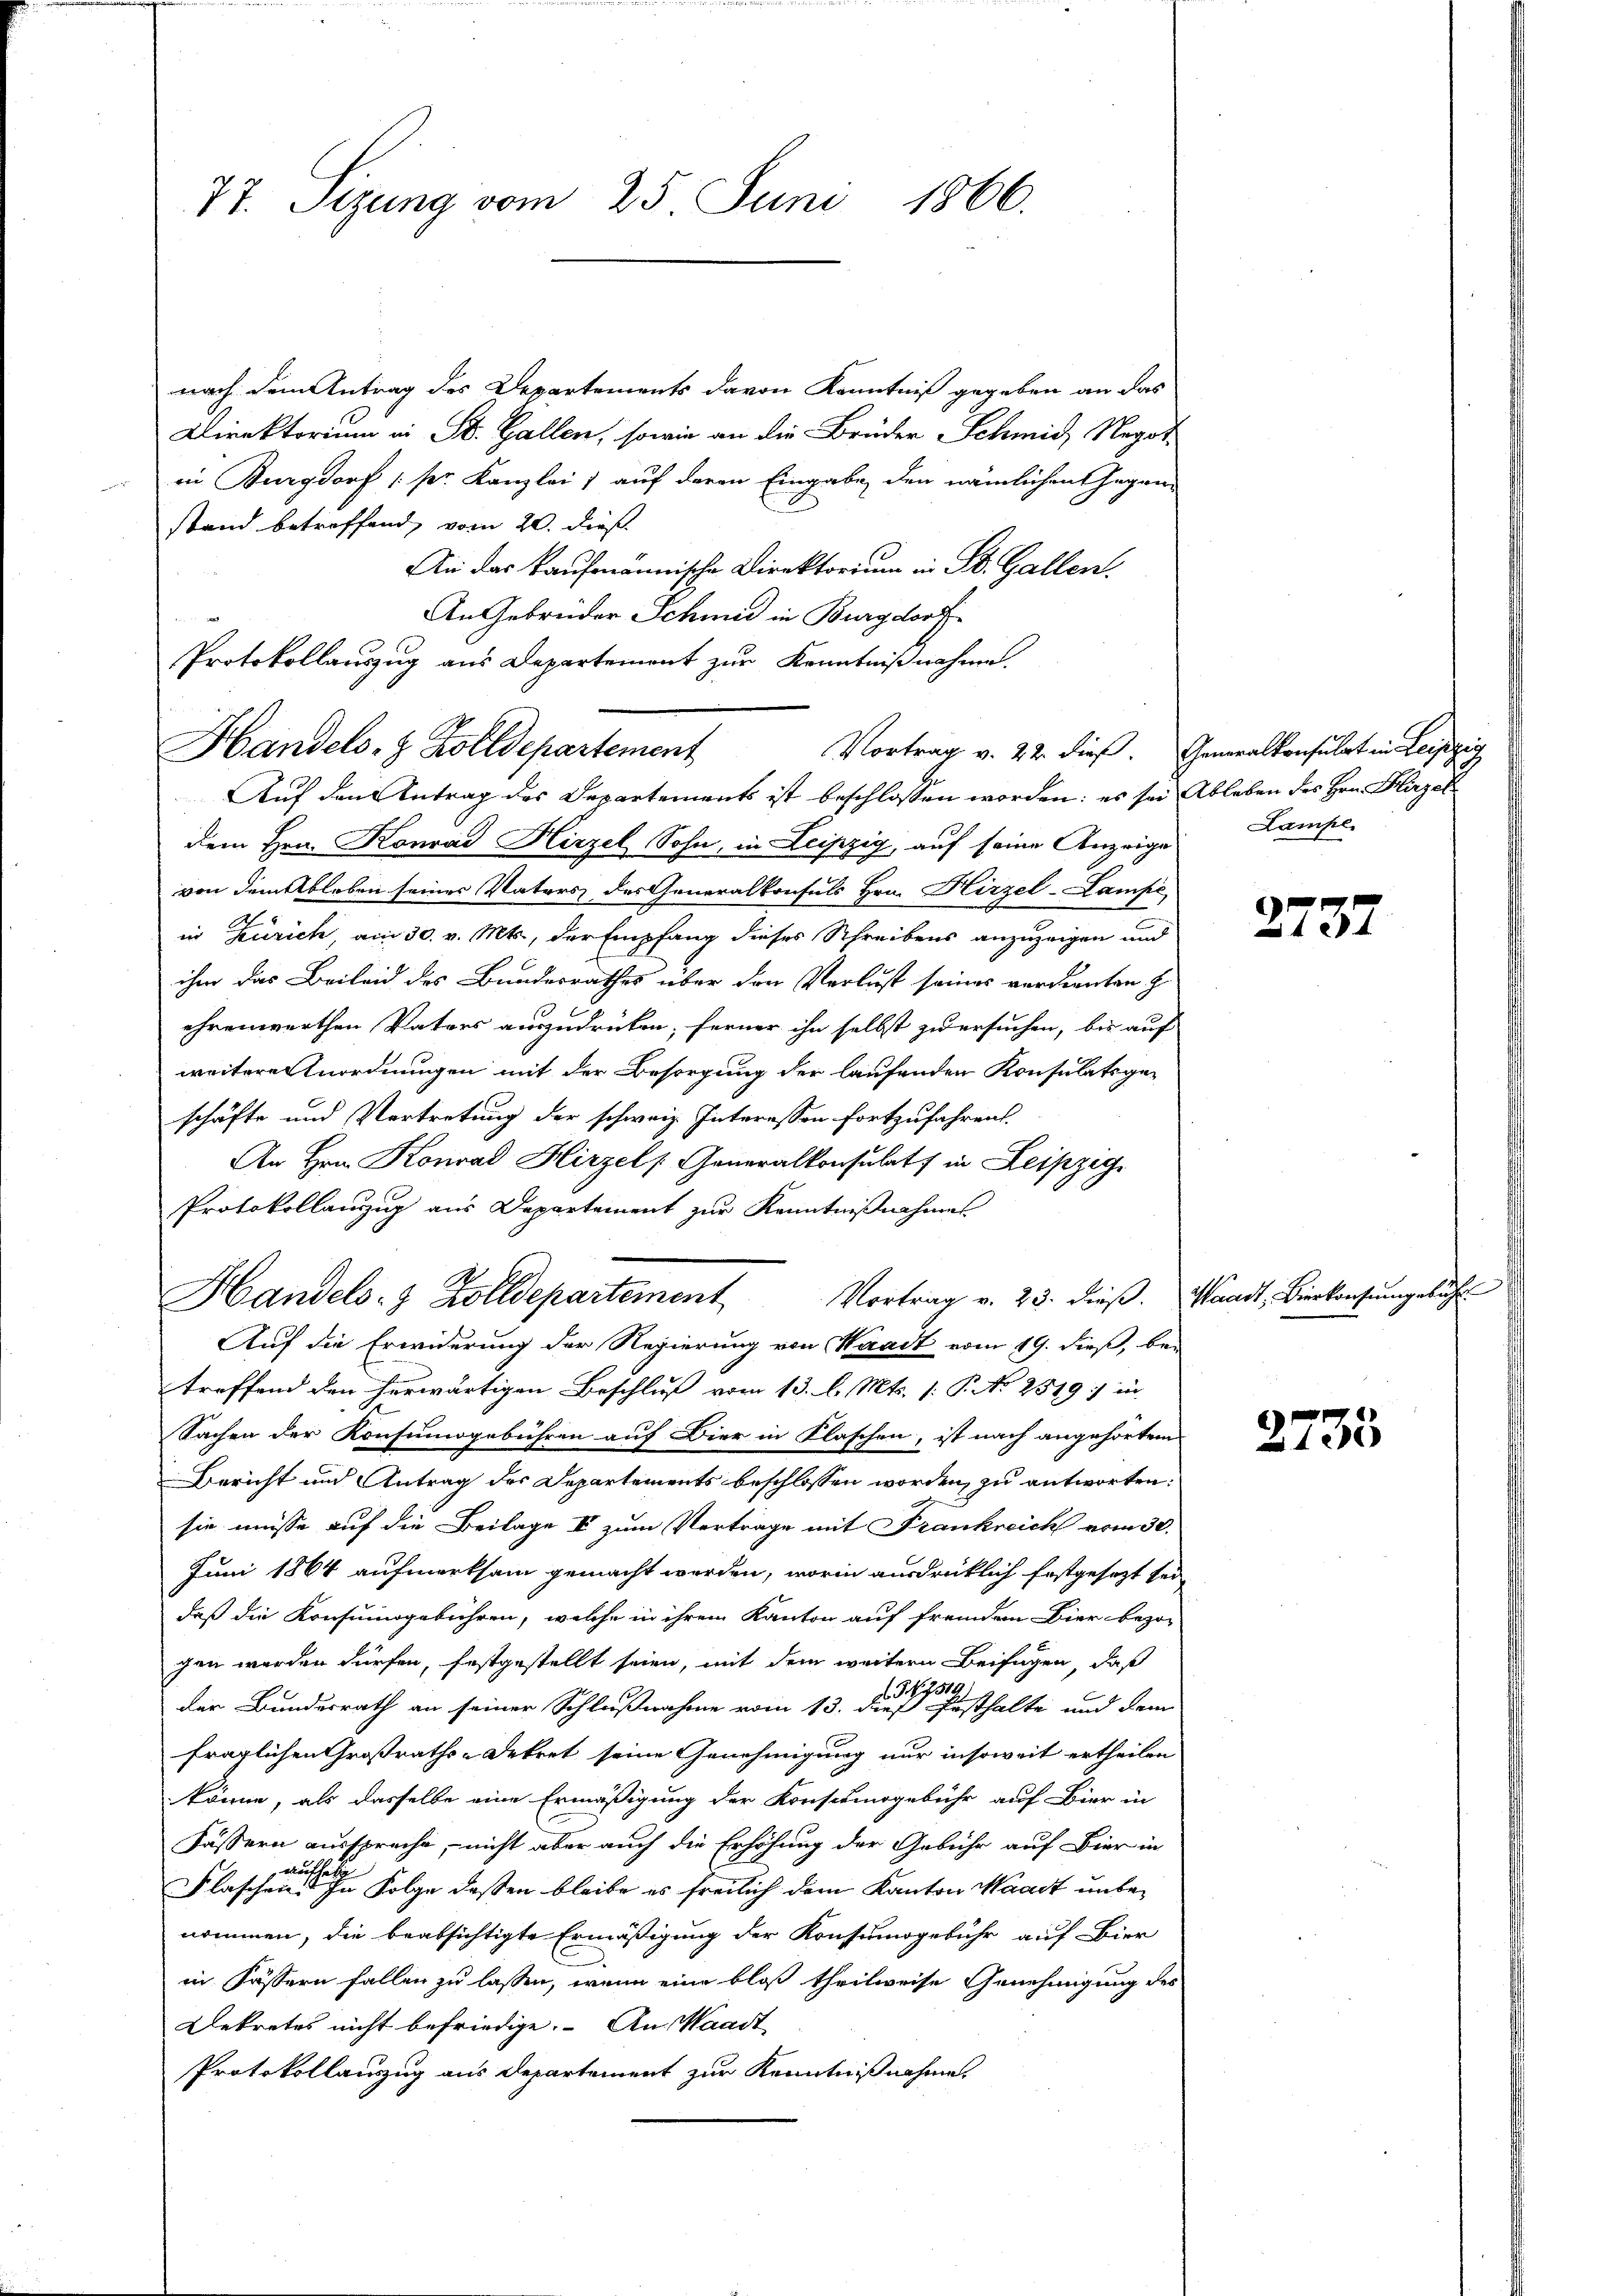
77. Sizung vom 25. Juni 1866.

nach dem Antrag des Departements davon Kenntniß gegeben an das
Direktorium in St. Gallen, sowie an die Brüder Schmid, Negot
in Burgdorf (pr. Kanzlei 1 auf deren Eingabe, den nämlichen Gegen-
stand betreffend, vom 20. dieß
An das kaufmännische Direktorium in St. Gallen.
An Gebrüder Schmid in Burgdorf
Protokollauszug aus Departement zur Kenntnißnahme.
Auf den Antrag des Departements ist beschlossen worden: es sei Ableben des Hrn. Hirzel
dem Hrn. Konrad Hirzel Sohn, in Leipzig, auf seine Anzeige Lampe
von dem Ableben seines Vaters des Generalkonsuls Hrn. Hirzel-Lampe
in Zürich, am 30. v. Mts., der Empfang dieses Schreibens anzuzeigen und
ihm das Beileid des Bundesrathes über den Verlust seines verdienten z
ehrenwerthen Vaters auszudrücken, ferner ihn selbst zu ersuchen, bis auf
weitere Anordnungen mit der Besorgung der laufenden Konsulatsgeschäfte und Vertretung der schweiz. Interessen fortzufahren.
An Hrn. Konrad Hirzel, Generalkonsulats in Leipzig
Protokollanzŭg aŭs Departement zŭr Kenntniβnahmes
Handels- & Zolldepartement Vortrag v. 23. dieβ. Waadt, Bierkensŭngsbuch
Auf die Erwiderung der Regierung von Waadt vom 19. dieß, be-
treffend den herwärtigen Beschluß vom 13. l. Mts. 1. P. No 2519) in
Sachen der Konsumogebühren auf Bier in Klaschen, ist nach angehörtem
Bericht und Antrag des Departements beschlossen worden, zu antworten:
sie müsse auf die Beilage & zum Vertrage mit Frankreich vom 30.
Juni 1864 aufmerksam gemacht werden, worin ausdrücklich festgesezt sei
daß die Konsumgebühren, welche in ihrem Kanton auf fremden Bier bezogen werden dürfen, festgestellt seien, mit dem weitern Beifügen, daß
der Bundesrath an seiner Schlußnahme vom 13. der Pesthalte und dem
fraglichen Großraths-Dekret seine Genehmigung nur insoweit ertheilen
könne, als dasselbe eine Ermäßigung der Konsumsgebühr auf Bier in
Fässern ausspreche, nicht aber auch die Erhöhung der Gebühr auf Bier in
aufhebe
Flaschen. In Folge dessen bleibe es freilich dem Kanton Waadt unbenommen, die beabsichtigte Ermäßigung der Konsumsgebühr auf Bier
in Fässern fallen zu lassen, wenn eine bloß theilweise Genehmigung des
Dekretes nicht befriedige. An Waadt
Protokollauszug aus Departement zur Kenntnißnahme.

Handels- & Zolldepartement

Vortrag v. 22. dieß. Generalkonsulat in Leipzig

2737

2733